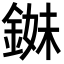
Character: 𨨓